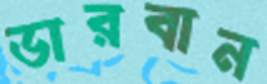
ডারবান